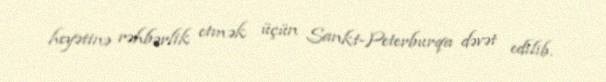
heyətinə rəhbərlik etmək üçün Sankt-Peterburqa dəvət edilib.